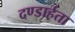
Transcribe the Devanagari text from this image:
दण्डार्हता